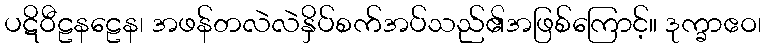
ပဋိဝီဠနဠေန၊ အဖန်တလဲလဲနှိပ်စက်အပ်သည်၏အဖြစ်ကြောင့်။ ဒုက္ခာဧဝ၊